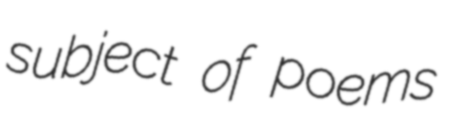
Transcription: subject of poems